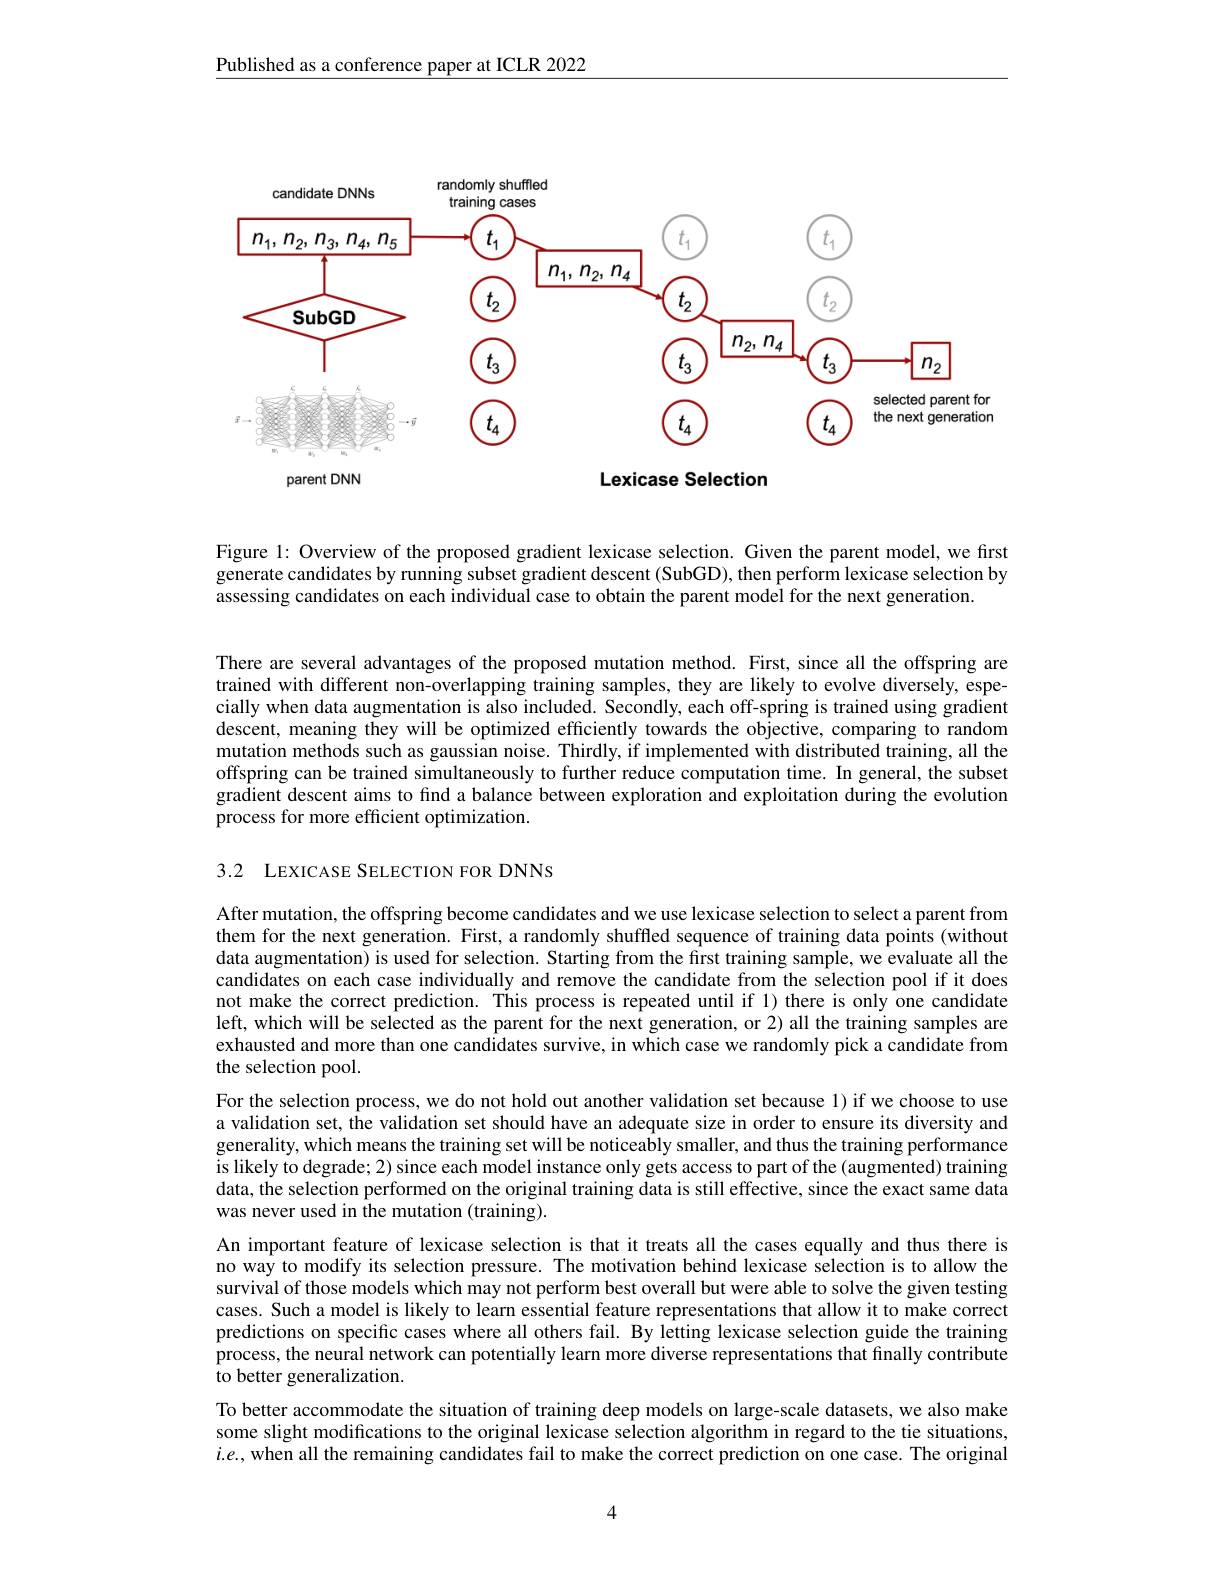
Published as a conference paper at ICLR 2022

<FigureHere>
parent DNN

Lexicase Selection

Figure l: Overview of the proposed gradient lexicase selection. Given the parent model, we first generate candidates by running subset gradient descent (SubGD), then perform lexicase selection by assessing candidates on each individual case to obtain the parent model for the next generation.

There are several advantages of the proposed mutation method. First, since all the offspring are trained with different non-overlapping training samples, they are likely to evolve diversely, especially when data augmentation is also included. Secondly, each off-spring is trained using gradient descent, meaning they will be optimized effciently towards the objective, comparing to random mutation methods such as gaussian noise. Thirdly, if implemented with distributed training, all the offspring can be trained simultaneously to further reduce computation time. In general, the subset gradient descent aims to find a balance between exploration and exploitation during the evolution process for more efficient optimization.

3.2 LEXICASE SELECTION FOR DNNS

After mutation, the offspring become candidates and we use lexicase selection to select a parent from them for the next generation. First, a randomly shuffled sequence of training data points (without data augmentation) is used for selection. Starting from the first training sample, we evaluate all the candidates on each case individually and remove the candidate from the selection pool if it does not make the correct prediction. This process is repeated until if 1) there is only one candidate left, which will be selected as the parent for the next generation, or 2) all the training samples are exhausted and more than one candidates survive, in which case we randomly pick a candidate from the selection pool.
For the selection process, we do not hold out another validation set because 1) if we choose to use a validation set, the validation set should have an adequate size in order to ensure its diversity and generality, which means the training set will be noticeably smaller, and thus the training performance is likely to degrade; 2) since each model instance only gets access to part of the (augmented) training data, the selection performed on the original training data is still effective, since the exact same data was never used in the mutation (training).
An important feature of lexicase selection is that it treats all the cases equally and thus there is no way to modify its selection pressure. The motivation behind lexicase selection is to allow the survival of those models which may not perform best overall but were able to solve the given testing cases. Such a model is likely to learn essential feature representations that allow it to make correct predictions on specific cases where all others fail. By letting lexicase selection guide the training process, the neural network can potentially learn more diverse representations that finally contribute to better generalization.
To better accommodate the situation of training deep models on large-scale datasets, we also make some slight modifications to the original lexicase selection algorithm in regard to the tie situations, $i.e.$, when all the remaining candidates fail to make the correct prediction on one case. The original

4